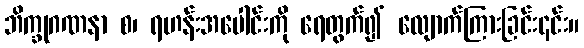
ဘိက္ခုဂဏနာ စ၊ ရဟန်းအပေါင်းကို ရေတွက်၍ လျောက်ကြားခြင်း၎င်း။